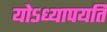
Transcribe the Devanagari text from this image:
योऽध्यापयति